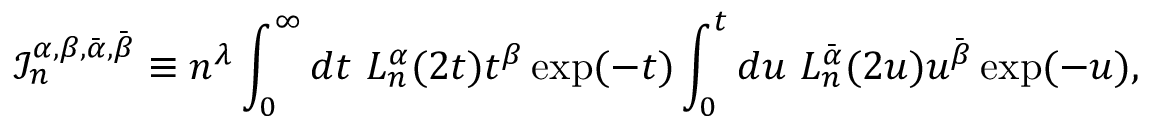
\mathcal { I } _ { n } ^ { \alpha , \beta , \bar { \alpha } , \bar { \beta } } \equiv n ^ { \lambda } \int _ { 0 } ^ { \infty } d t \ L _ { n } ^ { \alpha } ( 2 t ) t ^ { \beta } \exp ( - t ) \int _ { 0 } ^ { t } d u \ L _ { n } ^ { \bar { \alpha } } ( 2 u ) u ^ { \bar { \beta } } \exp ( - u ) ,